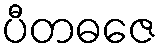
ပီတဓဇေ